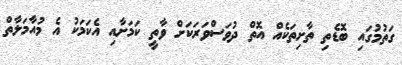
ގަތުމުގައި ބޮޑެތި ތާށިތަކެއް އޮތް ދުވަސްވަރަކަށް ވާތީ ކަމަށާއި އެކަމަކު އެ މުއާމަލާތް